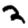
Digit: 2